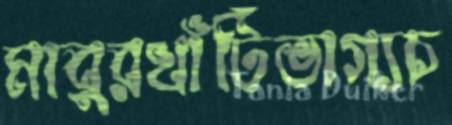
মাবুরখাঁটিভাগ্যচ